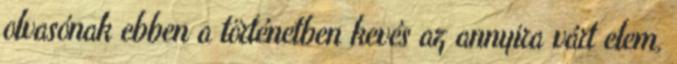
olvasónak ebben a történetben kevés az annyira várt elem,